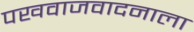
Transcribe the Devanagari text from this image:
पखवाजवादनाला